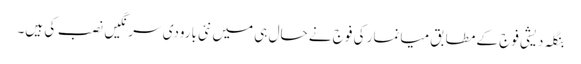
بنگلہ دیشی فوج کے مطابق میانمار کی فوج نے حال ہی میں نئی بارودی سرنگیں نصب کی ہیں۔